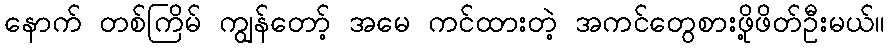
နောက် တစ်ကြိမ် ကျွန်တော့် အမေ ကင်ထားတဲ့ အကင်တွေစားဖို့ဖိတ်ဦးမယ်။